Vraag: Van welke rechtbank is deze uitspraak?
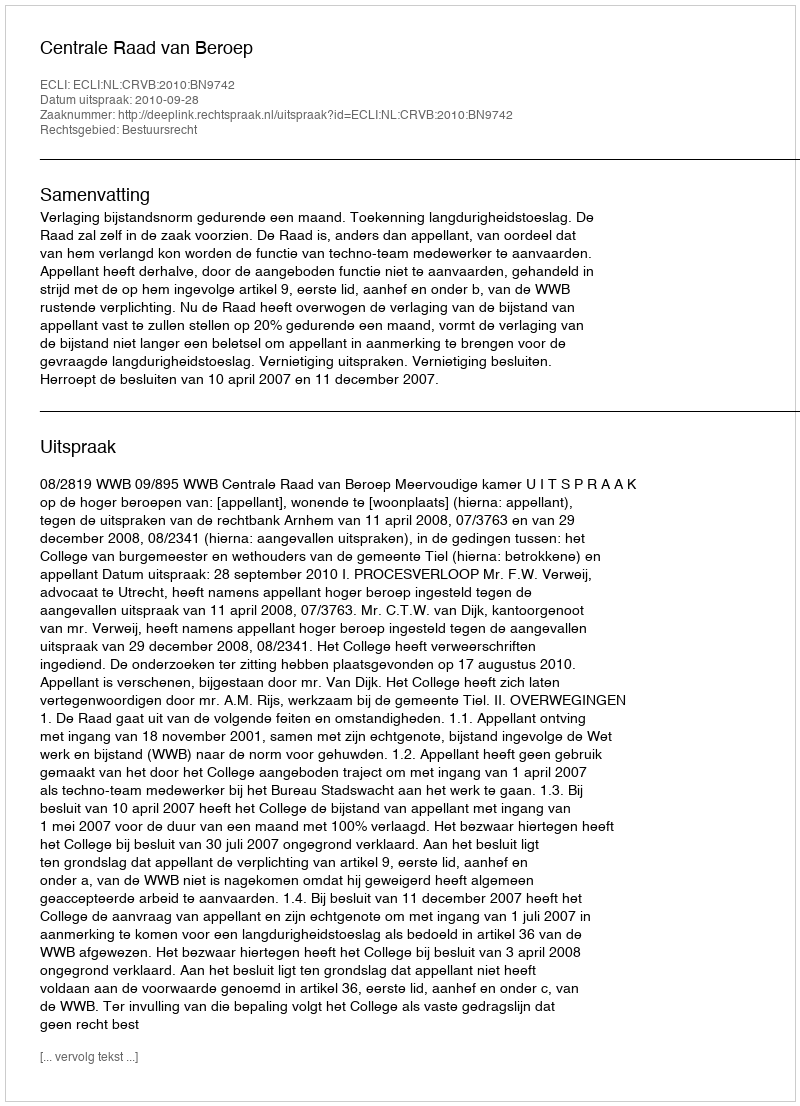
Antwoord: Centrale Raad van Beroep